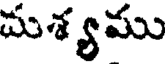
మశ్యము